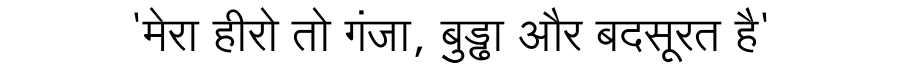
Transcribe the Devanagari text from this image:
'मेरा हीरो तो गंजा, बुड्ढा और बदसूरत है'